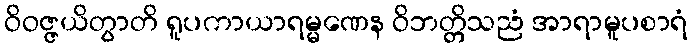
ဝိဝဇ္ဇယိတွာတိ ရူပကာယာရမ္မဏေန ဝိဘတ္တိသညံ အာရာမူပစာရံ